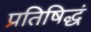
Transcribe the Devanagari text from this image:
प्रतिषिद्धं